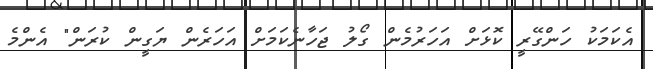
އެކަމަކު ހަންގޭރީ ކޮޅަށް އަހަރުމެން ގޯލު ޖަހާނެކަމަށް އަހަރެން ޔަގީން ކުރަން" އެންމެ